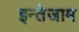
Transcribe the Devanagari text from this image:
इन्तेजाम